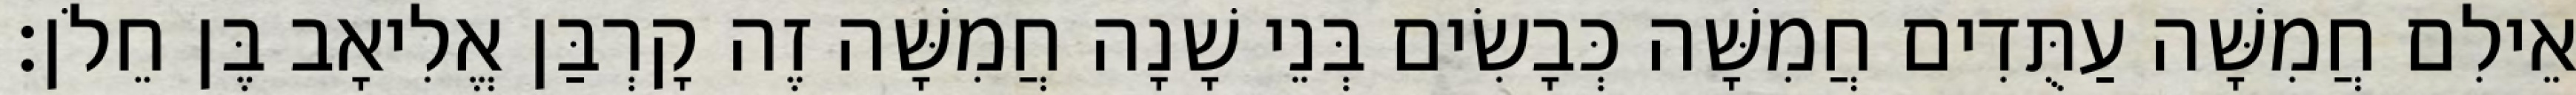
אֵילִם חֲמִשָּׁה עַתֻּדִים חֲמִשָּׁה כְּבָשִׂים בְּנֵי שָׁנָה חֲמִשָּׁה זֶה קָרְבַּן אֱלִיאָב בֶּן חֵלֹן׃